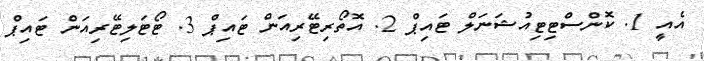
އެއީ 1. ކޮންސްޓިޓިއުޝަނަލް ޓައިޕް 2. އޮތޯރިޓޭރިއަން ޓައިޕް 3. ޓޯޓަލިޓޭރިއަން ޓައިޕް